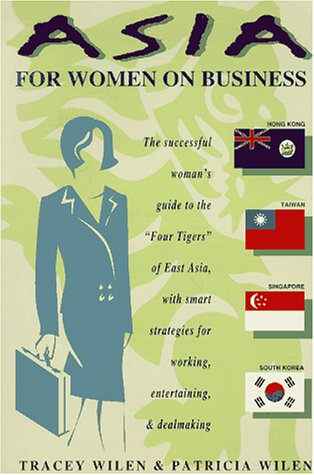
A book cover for Asia for Women on Business: Hong Kong, Taiwan, Singapore, and South Korea; Tracey Wilen; Travel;